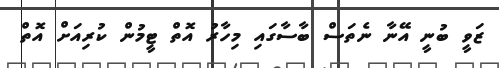
ޒަވީ ބުނީ އޭނާ ނެތަސް ބާސާގައި މިހާރު އޮތް ޓީމުން ކުރިއަށް އޮތް